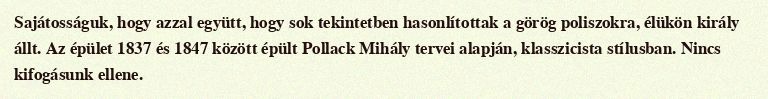
Sajátosságuk, hogy azzal együtt, hogy sok tekintetben hasonlítottak a görög poliszokra, élükön király állt. Az épület 1837 és 1847 között épült Pollack Mihály tervei alapján, klasszicista stílusban. Nincs kifogásunk ellene.